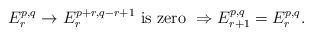
LaTeX: \begin{align*}E_r^{p,q}\to E_r^{p+r,q-r+1} \mbox{ is zero } \Rightarrow E_{r+1}^{p,q}=E_r^{p,q}.\end{align*}